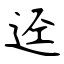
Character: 迳